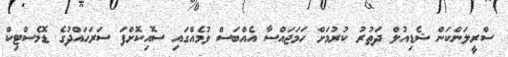
ސްރީލަންކަން ޝެޑިއުލް ދަތުރު ކުރުމަށް ހަމަޖައްސާ އެއްބަސް ވުމެއްގައި ސޮއިކޮށްފަ ސަރަޙައްދުގެ ޑޮމެސްޓިކް